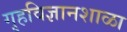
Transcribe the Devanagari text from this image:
गृहविज्ञानशाळा